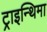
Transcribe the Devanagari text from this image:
ट्राइन्थिमा